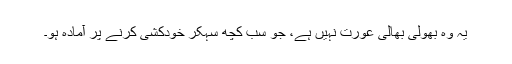
یہ وہ بھولی بھالی عورت نہیں ہے، جو سب کچھ سہکر خودکشی کرنے پر آمادہ ہو۔